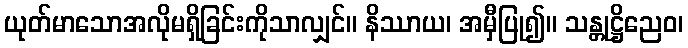
ယုတ်မာသောအလိုမရှိခြင်းကိုသာလျှင်။ နိဿာယ၊ အမှီပြု၍။ သန္တုဋ္ဌိညေဝ၊